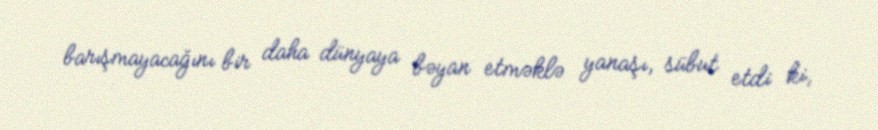
barışmayacağını bir daha dünyaya bəyan etməklə yanaşı, sübut etdi ki,